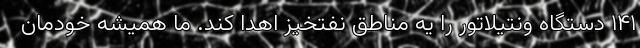
۱۴۱ دستگاه ونتیلاتور را یه مناطق نفتخیز اهدا کند. ما همیشه خودمان